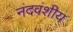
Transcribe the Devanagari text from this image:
नंदवंशीय